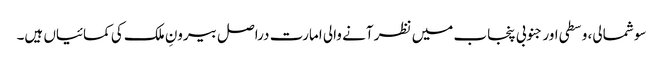
سو شمالی، وسطی اور جنوبی پنجاب میں نظر آنے والی امارت دراصل بیرونِ ملک کی کمائیاں ہیں۔